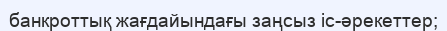
банкроттық жағдайындағы заңсыз іс-әрекеттер;